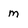
Character: m